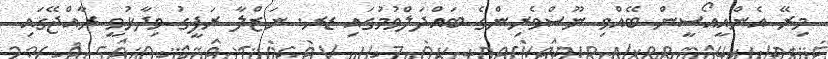
މިރޭ އެންއީއޯސީން ބޭއްވި ނޫސްވެރިންގެ ބައްދަލްވުމުގައި ޑރ. ނަޒްލާ ރަފީގު ވިދާޅުވީ ރާއްޖޭގައި